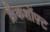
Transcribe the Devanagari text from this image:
क्रैंकशॉफ़्ट